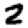
Digit: 2